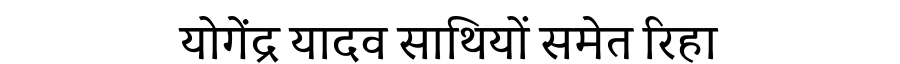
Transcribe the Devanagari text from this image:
योगेंद्र यादव साथियों समेत रिहा